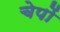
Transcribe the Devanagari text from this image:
चेपों